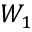
W _ { 1 }